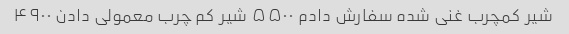
شیر کمچرب غنی شده سفارش دادم ۵۵۰۰ شیر کم چرب معمولی دادن ۴۹۰۰